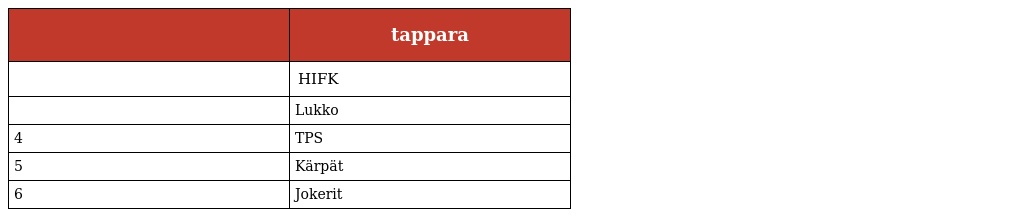
|  | tappara |
 | --- | --- |
 |  | HIFK |
 |  | Lukko |
 | 4 | TPS |
 | 5 | Kärpät |
 | 6 | Jokerit |